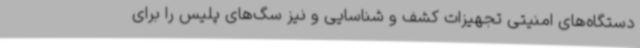
دستگاه‌های امنیتی تجهیزات کشف و شناسایی و نیز سگ‌های پلیس را برای